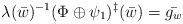
LaTeX: \begin{align*} \lambda(\bar{w})^{-1}(\Phi\oplus \psi_1)^\ddagger(\bar{w})=\bar{g_w} \end{align*}